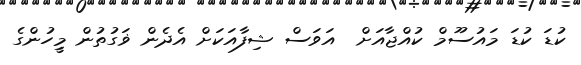
ކުޑަ ކުޑަ މައުސޫމް ކުއްޖާއަށް  އަވަސް ޝިފާއަކަށް އެދެން ޥަގުތުން މީިހުންގެ